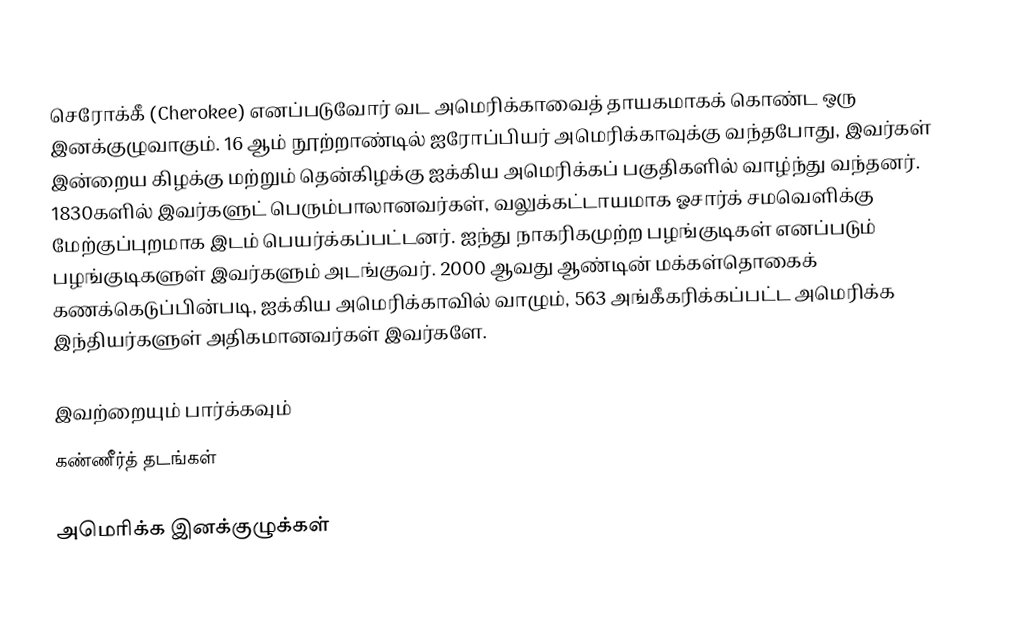
செரோக்கீ (Cherokee) எனப்படுவோர் வட அமெரிக்காவைத் தாயகமாகக் கொண்ட ஒரு இனக்குழுவாகும். 16 ஆம் நூற்றாண்டில் ஐரோப்பியர் அமெரிக்காவுக்கு வந்தபோது, இவர்கள் இன்றைய கிழக்கு மற்றும் தென்கிழக்கு ஐக்கிய அமெரிக்கப் பகுதிகளில் வாழ்ந்து வந்தனர். 1830களில் இவர்களுட் பெரும்பாலானவர்கள், வலுக்கட்டாயமாக ஓசார்க் சமவெளிக்கு மேற்குப்புறமாக இடம் பெயர்க்கப்பட்டனர். ஐந்து நாகரிகமுற்ற பழங்குடிகள் எனப்படும் பழங்குடிகளுள் இவர்களும் அடங்குவர். 2000 ஆவது ஆண்டின் மக்கள்தொகைக் கணக்கெடுப்பின்படி, ஐக்கிய அமெரிக்காவில் வாழும், 563 அங்கீகரிக்கப்பட்ட அமெரிக்க இந்தியர்களுள் அதிகமானவர்கள் இவர்களே.

இவற்றையும் பார்க்கவும்
 கண்ணீர்த் தடங்கள்

அமெரிக்க இனக்குழுக்கள்